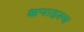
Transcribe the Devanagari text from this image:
क्षपाहस्य